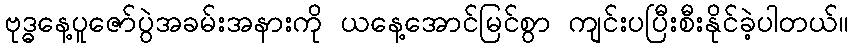
ဗုဒ္ဓနေ့ပူဇော်ပွဲအခမ်းအနားကို ယနေ့အောင်မြင်စွာ ကျင်းပပြီးစီးနိုင်ခဲ့ပါတယ်။